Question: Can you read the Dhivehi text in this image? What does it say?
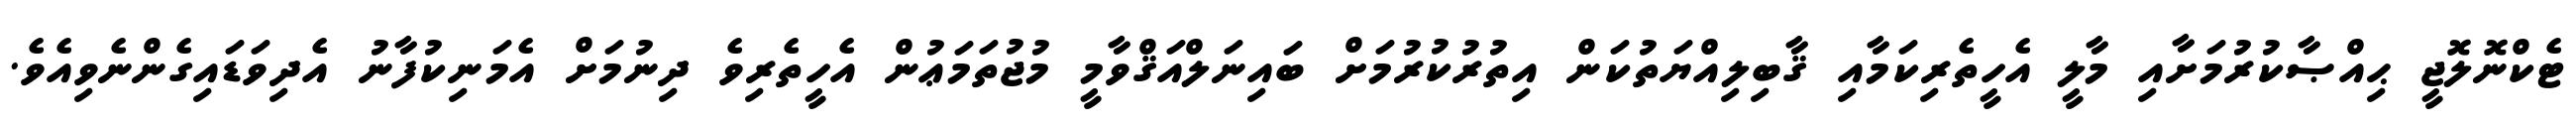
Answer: ޓެކްނޮލޮޖީ ޙިއްޞާކުރުމަށާއި މާލީ އެހީތެރިކަމާއި ޤާބިލިއްޔަތުކަން އިތުރުކުރުމަށް ބައިނަލްއަޤްވާމީ މުޖުތަމަޢުން އެހީތެރިވެ ދިނުމަށް އެމަނިކުފާނު އެދިވަޑައިގެންނެވިއެވެ.